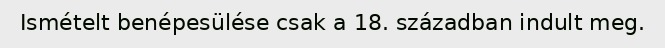
Ismételt benépesülése csak a 18. században indult meg.